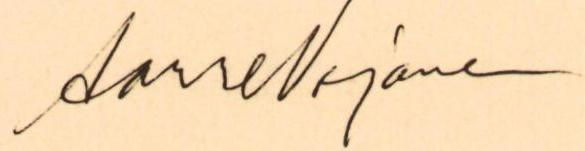
Aarre Nojonen